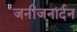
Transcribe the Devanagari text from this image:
जनीजनार्दन